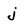
Character: j